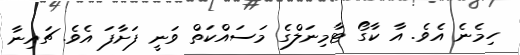
ހިމެނެ އެވެ. އާ ކާގޯ ޓާމިނަލްގެ މަސައްކަތް ވަނީ ފަށާފަ އެވެ. ޗައިނާ